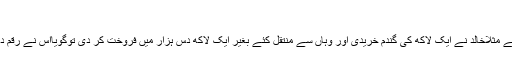
”
یعنی سودی لین دین کے مشابہ ہونے کی بنا پر ناجائزہے، اس کی توضیح یوں ہے مثلاًخالد نے ایک لاکھ کی گندم خریدی اور وہاں سے منتقل کئے بغیر ایک لاکھ دس ہزار میں فروخت کر دی توگویااس نے رقم دی اور رقم ہی لی اور اس پر نفع کمایا،عملی طور پر کوئی خدمت انجام نہیں دی۔